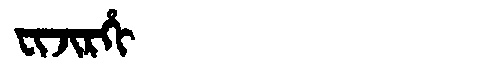
Manchu: ᠸᡳᠵᡳᡵᡥᡳ
Romanization: FIJIRHI